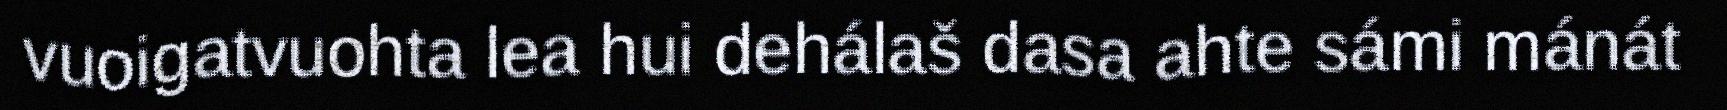
vuoigatvuohta lea hui dehálaš dasa ahte sámi mánát